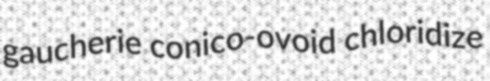
gaucherie conico-ovoid chloridize